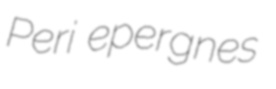
Peri epergnes